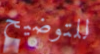
للتوضيح